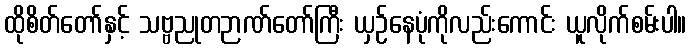
ထိုစိတ်တော်နှင့် သဗ္ဗညုတဉာဏ်တော်ကြီး ယှဉ်နေပုံကိုလည်းကောင်း ယူလိုက်စမ်းပါ။